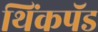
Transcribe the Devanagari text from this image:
थिंकपॅड